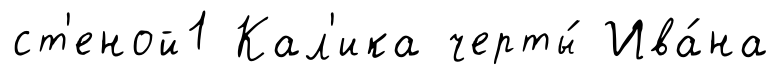
ст'еной1 Кал'ика черты́ Ива́на